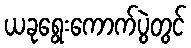
ယခုရွေးကောက်ပွဲတွင်